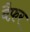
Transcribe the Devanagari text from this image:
वैफ़र